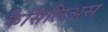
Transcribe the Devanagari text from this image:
कैसिलिअस